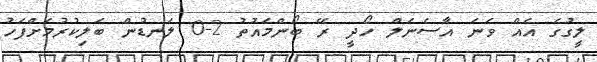
ލީގުގެ އެއް ވަނަ އާސެނަލް ހޯދީ ރޭ ބޯންމައުތު 2-0 ލަނޑުން ބަލިކުރުމަށްފަހު